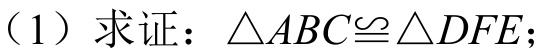
（1）求证：\(\triangle ABC\cong\triangle DFE\)；